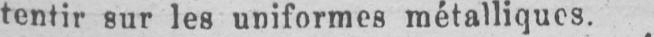
tentir sur les uniformes métalliques.